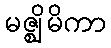
မဇ္ဈိမိကာ